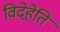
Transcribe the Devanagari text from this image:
विदेहेति